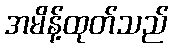
အမိန့်ထုတ်သည်